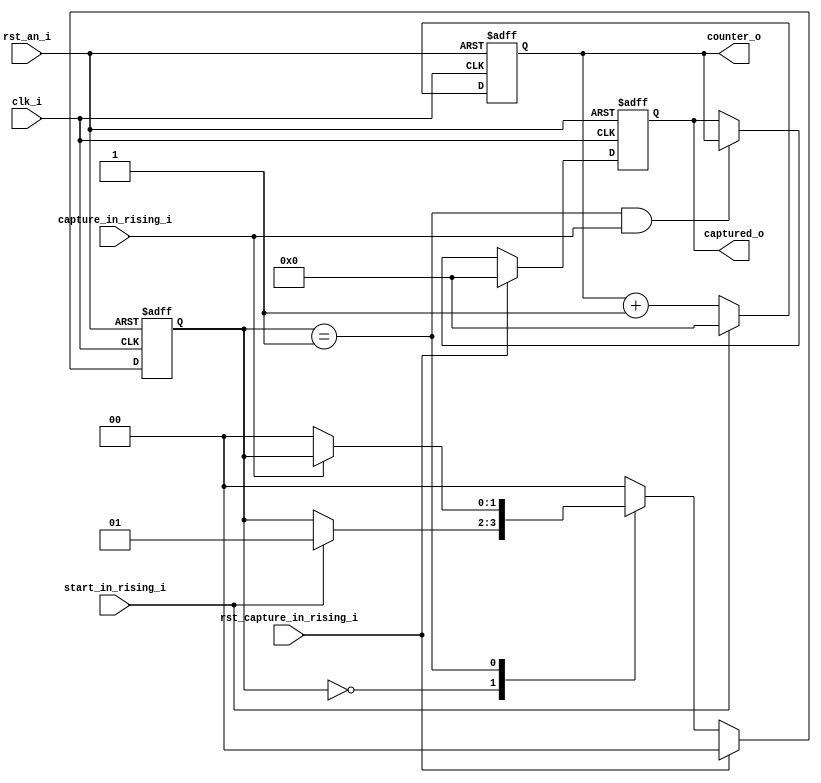
//-------------------------------------------------------------
//  Capture FSM Module
//-------------------------------------------------------------

module capture_output_fsm

        (
            input   wire                clk_i                     ,
            input   wire                rst_an_i                  ,

            input   wire                start_in_rising_i         ,
            input   wire                capture_in_rising_i       ,
            input   wire                rst_capture_in_rising_i   ,

            output  wire  [ 31: 0 ]     captured_o                ,
            output  wire  [ 31: 0 ]     counter_o

        );

//-------------------------------------------------------------
//  Internal signals
//-------------------------------------------------------------

reg     [ 1:0  ]            capture_fsm_state                 ;
reg     [ 31:0 ]            counter                           ;
reg     [ 31:0 ]            captured_o_reg                    ;

localparam                  st_idle            = 2'd0         ;
localparam                  st_counting        = 2'd1         ;
localparam                  st_captured        = 2'd2         ;

//-------------------------------------------------------------
//----------------------- Outputs  ----------------------------
//-------------------------------------------------------------

assign counter_o        =   counter             ;
assign captured_o       =   captured_o_reg      ;

always @(posedge clk_i, negedge rst_an_i ) begin

  if ( rst_an_i == 1'b0 )
      captured_o_reg <=    32'b0;
  else if ( rst_capture_in_rising_i == 1'b1 )
      captured_o_reg  <=    32'b0;
  else if ( ( capture_fsm_state == st_counting ) && ( capture_in_rising_i == 1'b1 ) )
      captured_o_reg  <=    counter ;
end

//-------------------------------------------------------------
//-------------------- Internal Counter------------------------
//-------------------------------------------------------------

always @(posedge clk_i, negedge rst_an_i ) begin

  if ( rst_an_i == 1'b0 )
      counter   <=    32'b0;
  else if ( start_in_rising_i == 1'b1 )
      counter   <=    32'b0;
  else
      counter   <=    counter + 1'b1 ;
end

//-------------------------------------------------------------
//-------------------- State Machine --------------------------
//-------------------------------------------------------------

// States:  st_idle, st_counting, st_captured
// Inputs:  start_in_rising, capture_in_rising, rst_capture_in_rising
// Outputs:

always @(posedge clk_i, negedge rst_an_i  ) begin

  if ( rst_an_i    == 1'b0 )
      capture_fsm_state     <= st_idle  ;

  else if ( rst_capture_in_rising_i == 1'b1 )
      capture_fsm_state     <= st_idle  ;

  else begin
      case ( capture_fsm_state )

          st_idle               :     begin
                                        if (  start_in_rising_i == 1'b1 )
                                            capture_fsm_state <= st_counting;
                                      end

          st_counting           :     begin
                                        if (  capture_in_rising_i == 1'b0 )
                                            capture_fsm_state <= st_idle;
                                      end

          default               :     capture_fsm_state <= st_idle ;

      endcase
  end
end

//-------------------------------------------------------------


endmodule